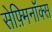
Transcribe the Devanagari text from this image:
सेफ़्मिनॉक्स